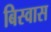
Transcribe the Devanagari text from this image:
बिस्‍वास